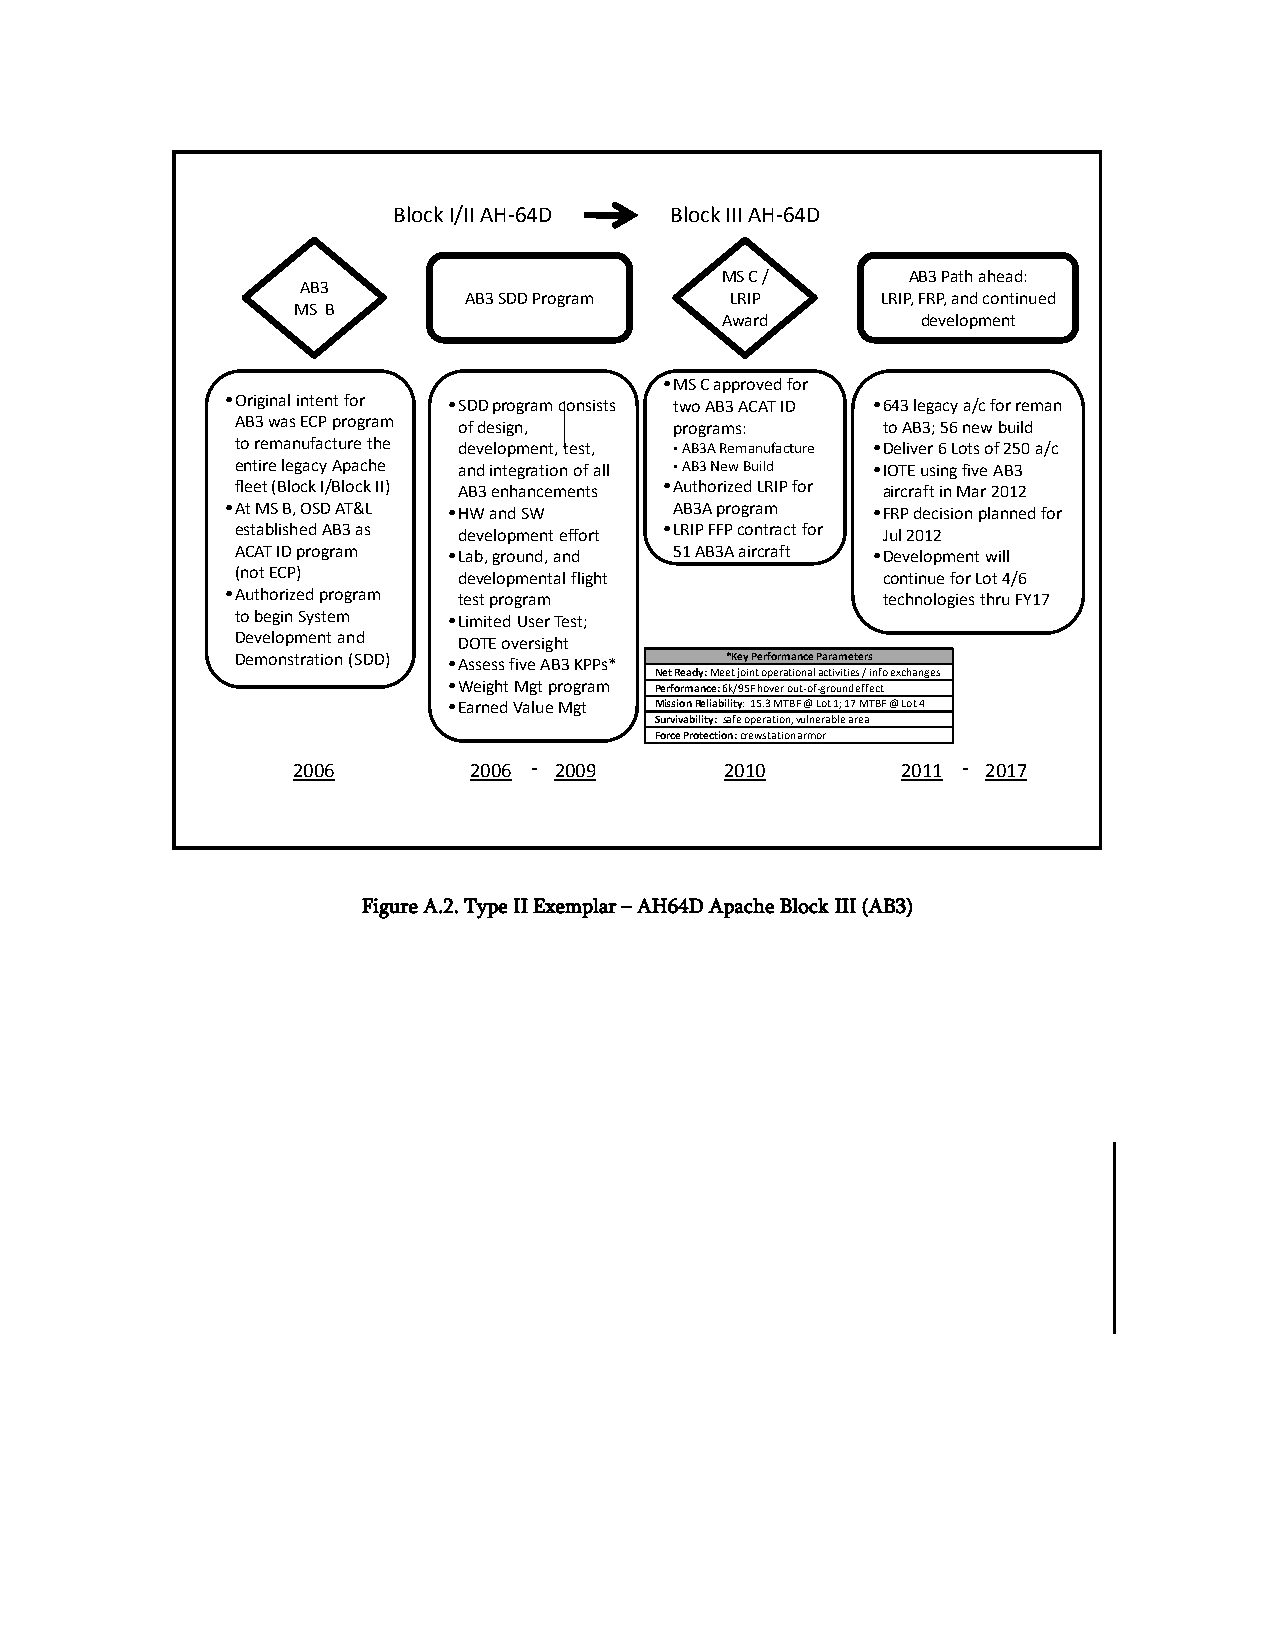
- 156 -
 Block I/II AH-64D Block III AH-64D
 MS C /      AB3 Path ahead:
 AB3
 AB3 SDD Program  LRIP      LRIP, FRP, and continued
 MS B
 Award        development
 •MS C approved for
 •Original intent for •SDD program consists two AB3 ACAT ID •643 legacy a/c for reman
 AB3 was ECP program of design, programs:  to AB3; 56 new build
 to remanufacture the development, test, AB3A Remanufacture •Deliver 6 Lots of 250 a/c
 entire legacy Apache and integration of all AB3 New Build •IOTE using five AB3
 fleet (Block I/Block II) AB3 enhancements •Authorized LRIP for aircraft in Mar 2012
 •At MS B, OSD AT&L •HW and SW AB3A program •FRP decision planned for
 established AB3 as development effort •LRIP FFP contract for Jul 2012
 ACAT ID program •Lab, ground, and 51 AB3A aircraft •Development will
 (not ECP)     developmental flight        continue for Lot 4/6
 •Authorized program test program           technologies thru FY17
 to begin System •Limited User Test;
 Development and DOTE oversight
 Demonstration (SDD) •Assess five AB3 KPPs* *Key Performance Parameters
 NetReady: Meet joint operational activities / info exchanges
 •Weight Mgt program Performance:6k/95F hover out-of-ground effect
 •Earned Value Mgt MissionReliability: 15.3 MTBF @ Lot 1; 17 MTBF @ Lot 4
 Survivability: safe operation, vulnerable area
 Force Protection: crewstationarmor
 2006        2006 - 2009      2010        2011 - 2017
 Figure A.2. Type II Exemplar – AH64D Apache Block III (AB3)
 -
 156
 -